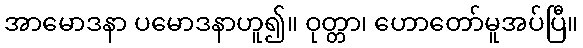
အာမောဒနာ ပမောဒနာဟူ၍။ ဝုတ္တာ၊ ဟောတော်မူအပ်ပြီ။